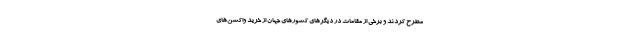
مطرح کردند و برخی از مقامات در دیگرهای کشورهای جهان از خرید واکسن‌های